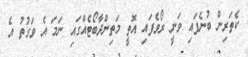
ކެތަރިން ބުނެފައި ވަނީ ރޯވެފައި އޮތީ މަތިންދާބޯޓެއްގައި ނަމަ އެ ވަގުތު އެ